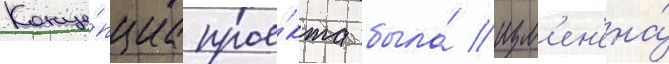
Конце́пциа прое́кта была́ изм'ен'ена́